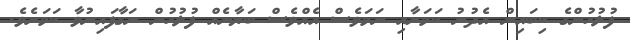
ފުލުހުންގެ ކިބައިން އެދުނު ކަމަށާއި ނަމަވެސް އެއްވެސް ބަޔާނެއް ފުލުހުން ނަގާފައިނުވާ ކަމަށެވެ.